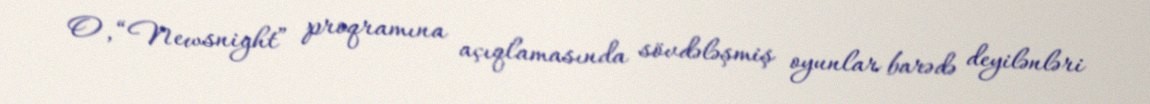
O, “Newsnight” proqramına açıqlamasında sövdələşmiş oyunlar barədə deyilənləri